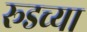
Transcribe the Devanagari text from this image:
रूडच्या